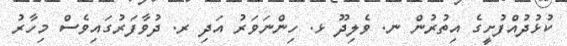
ކުޅުދުއްފުށީގެ އިތުރުން ނ. ވެލިދޫ ޅ. ހިންނަވަރު އަދި ރ. ދުވާފަރުގައިވެސް މިހާރު